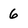
Character: 6